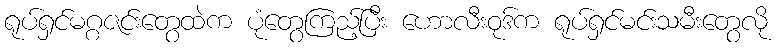
ရုပ်ရှင်မဂ္ဂဇင်းတွေထဲက ပုံတွေကြည့်ပြီး ဟောလီးဝုဒ်က ရုပ်ရှင်မင်းသမီးတွေလို